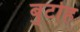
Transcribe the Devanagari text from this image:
बुटोह